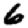
Digit: 6